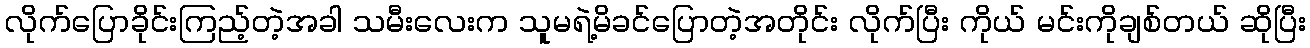
လိုက်ပြောခိုင်းကြည့်တဲ့အခါ သမီးလေးက သူမရဲ့မိခင်ပြောတဲ့အတိုင်း လိုက်ပြီး ကိုယ် မင်းကိုချစ်တယ် ဆိုပြီး